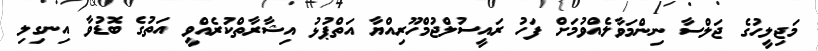
މަޖިލީހުގެ ޖަލްސާ ނިންމަވާލެއްވުމަށް ފަހު ރައީސުލްޖުމްހޫރިއްޔާ އަތްޕުޅު އިޝާރާތްކުރެއްވީ އަތުގެ ބޮޑުވާ އިނގިލި